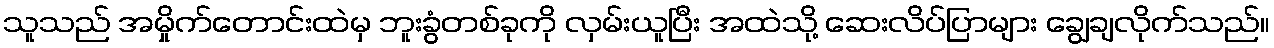
သူသည် အမှိုက်တောင်းထဲမှ ဘူးခွံတစ်ခုကို လှမ်းယူပြီး အထဲသို့ ဆေးလိပ်ပြာများ ချွေချလိုက်သည်။